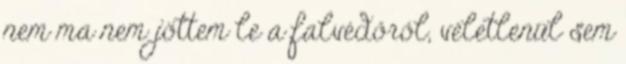
nem ma nem jöttem le a falvédőről, véletlenül sem